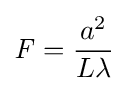
{\mathit {F}}={\frac {a^{2}}{L\lambda }}